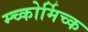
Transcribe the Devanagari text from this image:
म्च्कोर्मिच्क